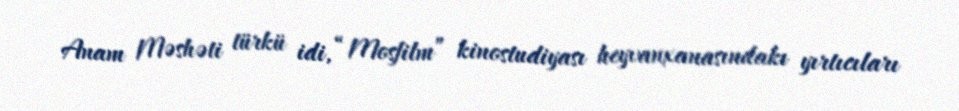
Anam Məshəti türkü idi, “Mosfilm” kinostudiyası heyvanxanasındakı yırtıcıları